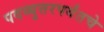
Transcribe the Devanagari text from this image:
पदव्युत्तरपर्यंतचे